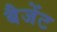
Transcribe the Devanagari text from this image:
बैजेंट